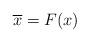
LaTeX: \begin{align*}\overline{x}=F(x)\end{align*}